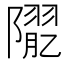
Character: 𨼉